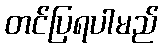
တင်ပြရပါမည်